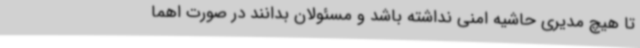
تا هیچ مدیری حاشیه امنی نداشته باشد و مسئولان بدانند در صورت اهما